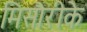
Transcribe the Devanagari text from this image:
मिसौरीके